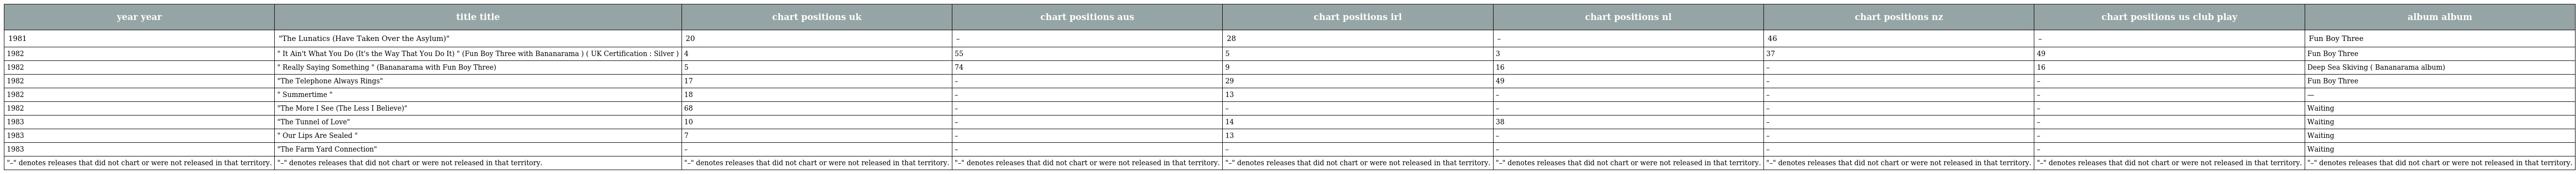
| year year | title title | chart positions uk | chart positions aus | chart positions irl | chart positions nl | chart positions nz | chart positions us club play | album album |
 | --- | --- | --- | --- | --- | --- | --- | --- | --- |
 | 1981 | "The Lunatics (Have Taken Over the Asylum)" | 20 | – | 28 | – | 46 | – | Fun Boy Three |
 | 1982 | " It Ain't What You Do (It's the Way That You Do It) " (Fun Boy Three with Bananarama ) ( UK Certification : Silver ) | 4 | 55 | 5 | 3 | 37 | 49 | Fun Boy Three |
 | 1982 | " Really Saying Something " (Bananarama with Fun Boy Three) | 5 | 74 | 9 | 16 | – | 16 | Deep Sea Skiving ( Bananarama album) |
 | 1982 | "The Telephone Always Rings" | 17 | – | 29 | 49 | – | – | Fun Boy Three |
 | 1982 | " Summertime " | 18 | – | 13 | – | – | – | — |
 | 1982 | "The More I See (The Less I Believe)" | 68 | – | – | – | – | – | Waiting |
 | 1983 | "The Tunnel of Love" | 10 | – | 14 | 38 | – | – | Waiting |
 | 1983 | " Our Lips Are Sealed " | 7 | – | 13 | – | – | – | Waiting |
 | 1983 | "The Farm Yard Connection" | – | – | – | – | – | – | Waiting |
 | "–" denotes releases that did not chart or were not released in that territory. | "–" denotes releases that did not chart or were not released in that territory. | "–" denotes releases that did not chart or were not released in that territory. | "–" denotes releases that did not chart or were not released in that territory. | "–" denotes releases that did not chart or were not released in that territory. | "–" denotes releases that did not chart or were not released in that territory. | "–" denotes releases that did not chart or were not released in that territory. | "–" denotes releases that did not chart or were not released in that territory. | "–" denotes releases that did not chart or were not released in that territory. |